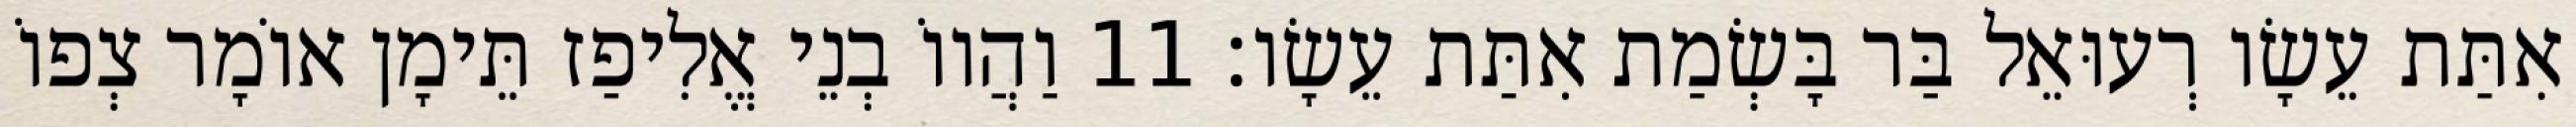
אִתַּת עֵשָׂו רְעוּאֵל בַּר בָּשְׂמַת אִתַּת עֵשָׂו׃ 11 וַהֲווֹ בְנֵי אֱלִיפַז תֵּימָן אוֹמָר צְפוֹ